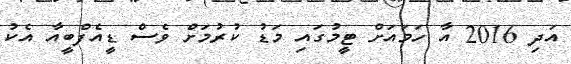
އަދި 2016 އާ ހަމައަށް ޓީމުގައި މަޑު ކުރުމަށް ވެސް ޑީއެފްބީއާ އެކު